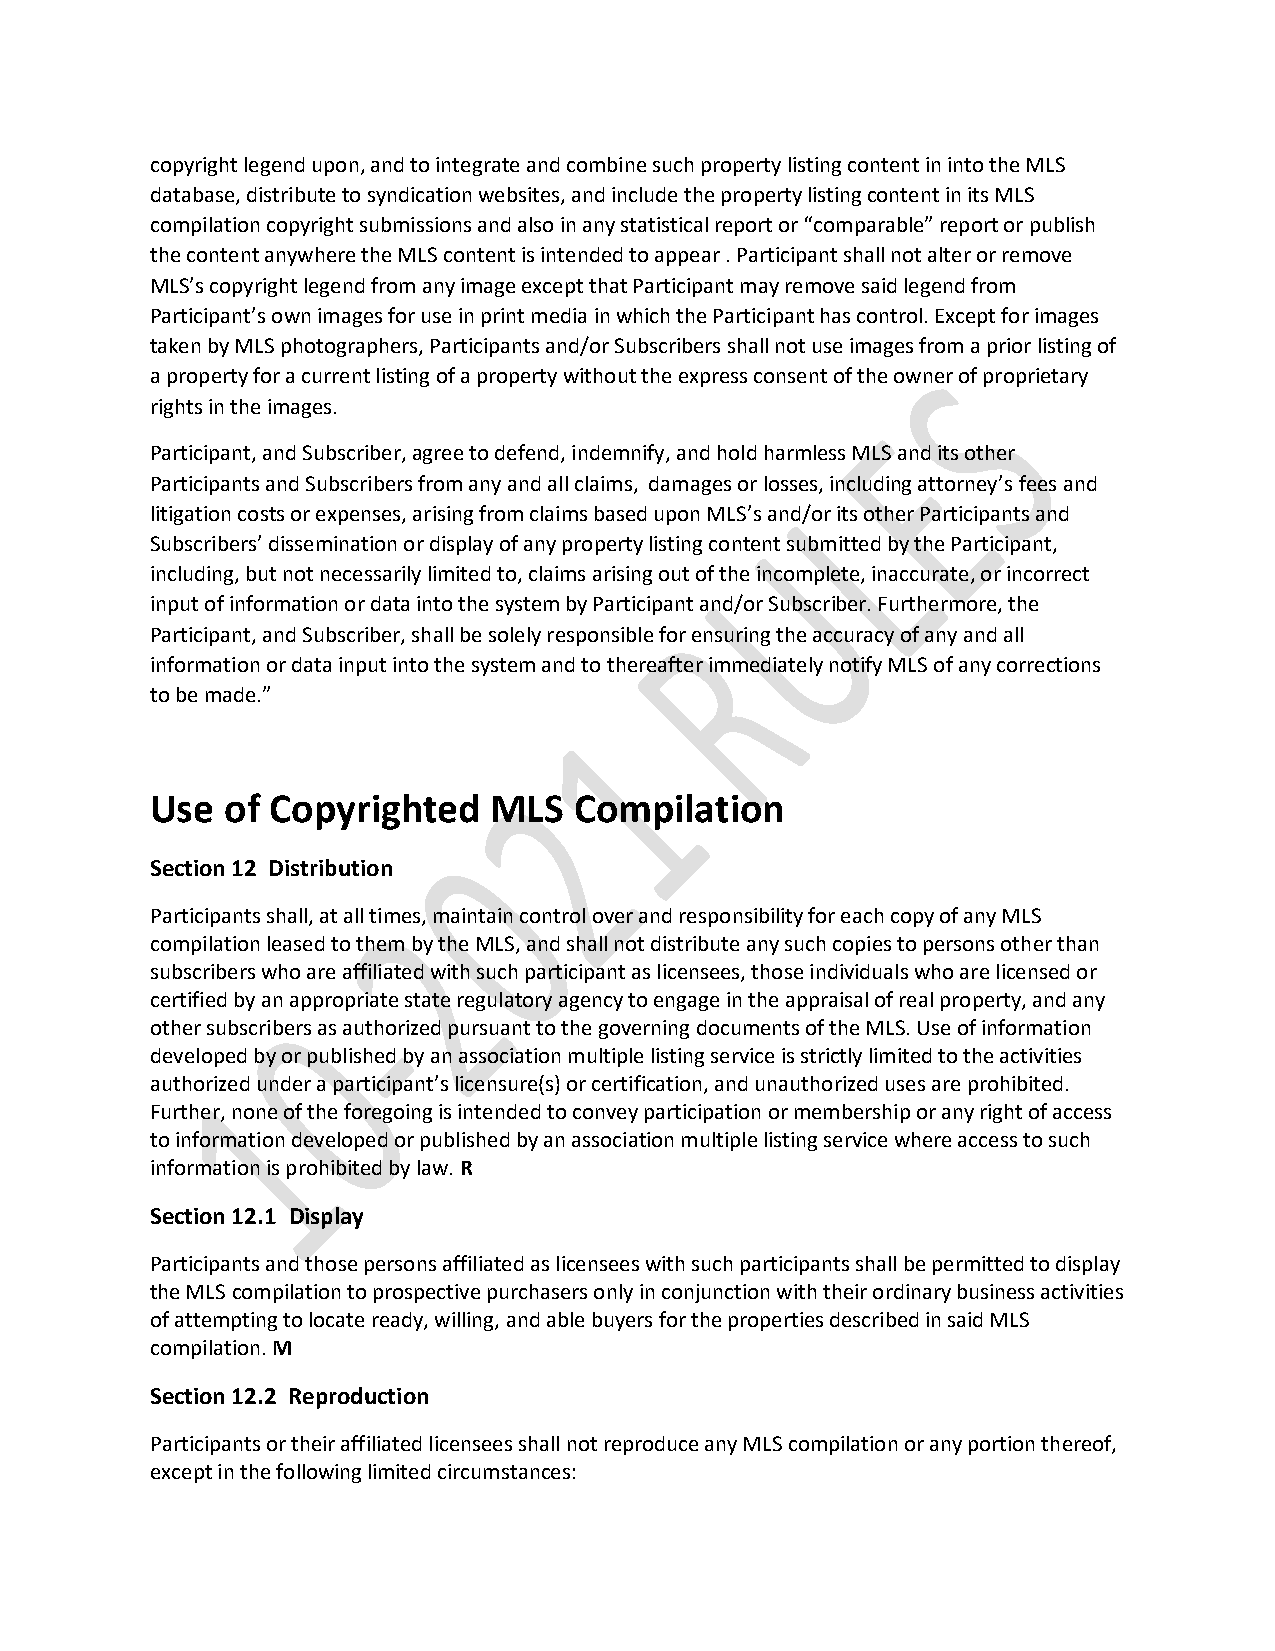
copyright legend upon, and to integrate and combine such property listing content in into the MLS
 database, distribute to syndication websites, and include the property listing content in its MLS
 compilation copyright submissions and also in any statistical report or “comparable” report or publish
 the content anywhere the MLS content is intended to appear . Participant shall not alter or remove
 MLS’s copyright legend from any image except that Participant may remove said legend from
 Participant’s own images for use in print media in which the Participant has control. Except for images
 taken by MLS photographers, Participants and/or Subscribers shall not use images from a prior listing of
 a property for a current listing of a property without the express consent of the owner of proprietary
 rights in the images.
 Participant, and Subscriber, agree to defend, indemnify, and hold harmless MLS and its other
 Participants and Subscribers from any and all claims, damages or losses, including attorney’s fees and
 litigation costs or expenses, arising from claims based upon MLS’s and/or its other Participants and
 Subscribers’ dissemination or display of any property listing content submitted by the Participant,
 including, but not necessarily limited to, claims arising out of the incomplete, inaccurate, or incorrect
 input of information or data into the system by Participant and/or Subscriber. Furthermore, the
 Participant, and Subscriber, shall be solely responsible for ensuring the accuracy of any and all
 information or data input into the system and to thereafter immediately notify MLS of any corrections
 to be made.”
 Use  of Copyrighted   MLS   Compilation
 Section 12 Distribution
 Participants shall, at all times, maintain control over and responsibility for each copy of any MLS
 compilation leased to them by the MLS, and shall not distribute any such copies to persons other than
 subscribers who are affiliated with such participant as licensees, those individuals who are licensed or
 certified by an appropriate state regulatory agency to engage in the appraisal of real property, and any
 other subscribers as authorized pursuant to the governing documents of the MLS. Use of information
 developed by or published by an association multiple listing service is strictly limited to the activities
 authorized under a participant’s licensure(s) or certification, and unauthorized uses are prohibited.
 Further, none of the foregoing is intended to convey participation or membership or any right of access
 to information developed or published by an association multiple listing service where access to such
 information is prohibited by law. R
 Section 12.1 Display
 Participants and those persons affiliated as licensees with such participants shall be permitted to display
 the MLS compilation to prospective purchasers only in conjunction with their ordinary business activities
 of attempting to locate ready, willing, and able buyers for the properties described in said MLS
 compilation. M
 Section 12.2 Reproduction
 Participants or their affiliated licensees shall not reproduce any MLS compilation or any portion thereof,
 except in the following limited circumstances: